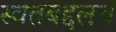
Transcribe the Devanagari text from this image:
स्वतबद्दलचं